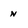
Character: N